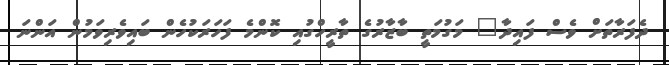
ދެފަރާތަށް ވެސް ފައިދާ" މަގުމަތީ ބާޒާރުގެ ތާރީހްގުއި ކޮންމެ ފަހަރަކުހެން ބައިވެރިވަމުން އަންނަ